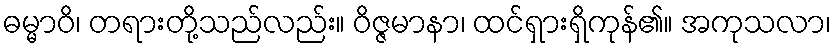
ဓမ္မာဝိ၊ တရားတို့သည်လည်း။ ဝိဇ္ဇမာနာ၊ ထင်ရှားရှိကုန်၏။ အကုသလာ၊